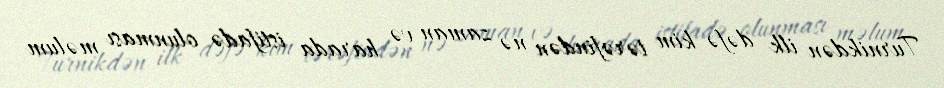
Turnikdən ilk dəfə kim tərəfindən nə zaman və harada istifadə olunması məlum